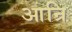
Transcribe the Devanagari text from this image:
आन्रि